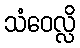
သံဝေလ္လိ